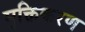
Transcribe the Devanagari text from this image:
मुक्तिकरण